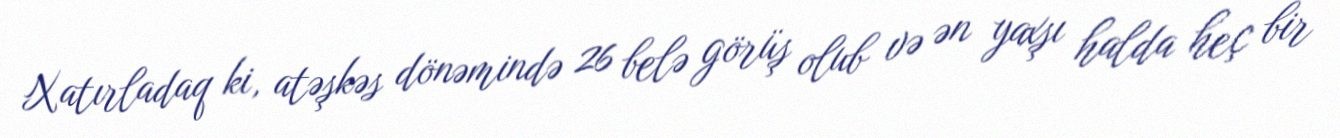
Xatırladaq ki, atəşkəs dönəmində 26 belə görüş olub və ən yaxşı halda heç bir